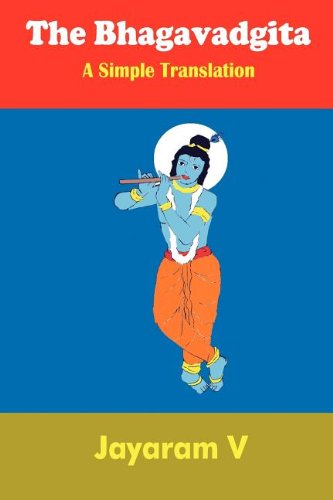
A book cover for The Bhagavadgita A Simple Translation; Jayaram V; Religion & Spirituality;